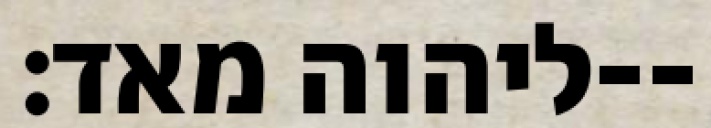
ליהוה מאד׃--